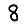
Digit: 8